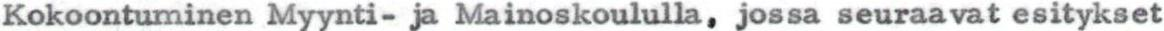
Kokoontuminen Myynti- ja Mainoskoululla, jossa seuraavat esitykset